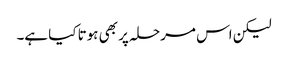
لیکن اس مرحلہ پر بھی ہوتا کیا ہے۔